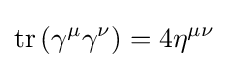
\operatorname {tr} \left(\gamma ^{\mu }\gamma ^{\nu }\right)=4\eta ^{\mu \nu }